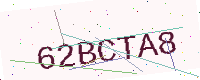
Text: 62BCTA8